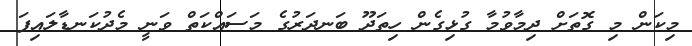
މިކަން މި ގޮތަށް ދިމާވުމާ ގުޅިގެން ހިތަދޫ ބަނދަރުގެ މަސައްކަތް ވަނީ މެދުކަނޑާލައިފަ